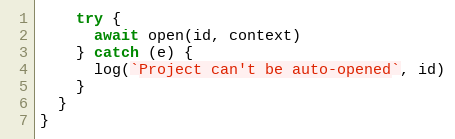
Language: JavaScript
    try {
      await open(id, context)
    } catch (e) {
      log(`Project can't be auto-opened`, id)
    }
  }
}